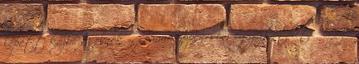
lépett közbe az elnök -, semmiképpen sem egyeztethető össze